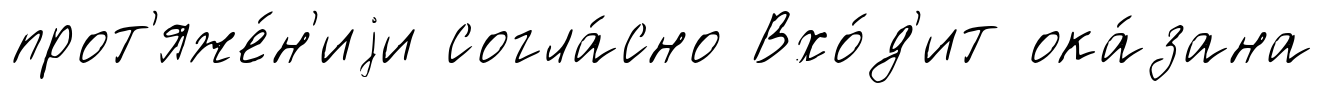
прот'яже́н'иjи согла́сно Вхо́д'ит ока́зана